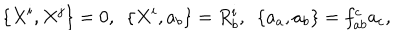
\{ X ^ { i } , X ^ { j } \} = 0 , \, \, \, \{ X ^ { i } , a _ { b } \} = R _ { b } ^ { i } , \, \, \, \{ a _ { a } , a _ { b } \} = f _ { a b } ^ { c } a _ { c } ,